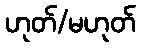
ဟုတ်/မဟုတ်